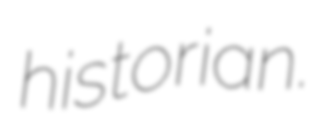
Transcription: historian.